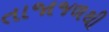
તાજાજળથી